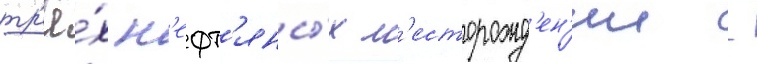
тр'ё́х н'ефт'яны́х м'есторожд'ен'ии -